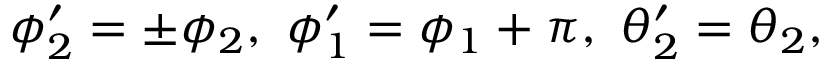
\phi _ { 2 } ^ { \prime } = \pm \phi _ { 2 } , \ \phi _ { 1 } ^ { \prime } = \phi _ { 1 } + \pi , \ \theta _ { 2 } ^ { \prime } = \theta _ { 2 } ,